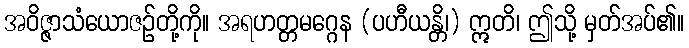
အဝိဇ္ဇာသံယောဇဉ်တို့ကို။ အရဟတ္တမဂ္ဂေန (ပဟီယန္တိ၊) ဣတိ၊ ဤသို့ မှတ်အပ်၏။